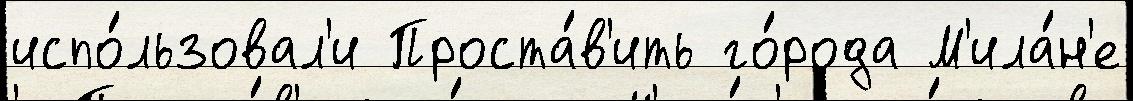
испо́льзовал'и Проста́в'ить го́рода М'ила́н'е